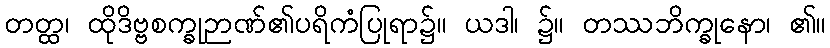
တတ္ထ၊ ထိုဒိဗ္ဗစက္ခုဉာဏ်၏ပရိကံပြုရာ၌။ ယဒါ၊ ၌။ တဿဘိက္ခုနော၊ ၏။